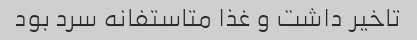
تاخیر داشت و غذا متاستفانه سرد بود